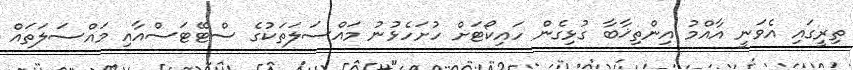
ތިރީގައި އެވަނީ އާއްމު އިންތިޚާބާ ގުޅިގެން ހައިކޯޓަށް ހުށަހެޅުނު މައްސަލަތަކުގެ ސްޓޭޓަސްއާއި މައްސަލަތައް